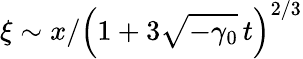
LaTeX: \xi\sim x/\left(1+3\sqrt{-\gamma_{0}}\, t\right)^{2/3}